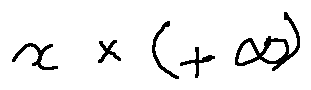
x \times ( + \infty )